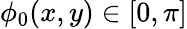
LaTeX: \phi_{0}(x,y)\in[0,\pi]